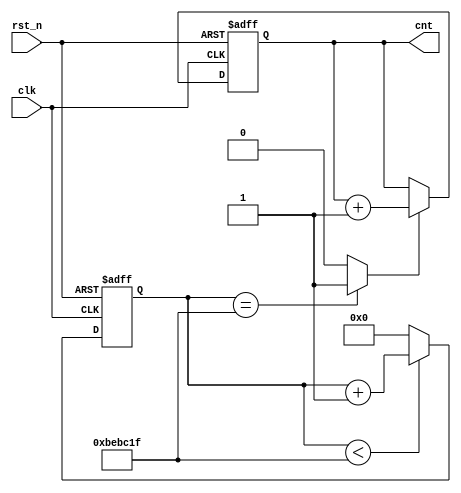
`timescale 1ns / 1ps
//////////////////////////////////////////////////////////////////////////////////
// Company: 
// Engineer: 
// 
// Design Name: 
// Module Name: Speed_Control
// Project Name: 
// Target Devices: 
// Tool Versions: 
// Description: 
// 
// Dependencies: 
// 
// Revision:
// Revision 0.01 - File Created
// Additional Comments:
// 
//////////////////////////////////////////////////////////////////////////////////

//,
//1s81/8,cnt1/8
module Speed_Control (
    input clk,
    input rst_n,
    output reg [6:0] cnt
);
  //divider1/8
  parameter T_125ms = 1250_0000;
  //parameter T_125ms = 10;
  reg [31:0] count;
  wire is_Reaching_125ms;  //1/8

  always @(posedge clk, negedge rst_n) begin
    if (~rst_n) count <= 32'd0;
    else if (count < T_125ms - 1'b1) count <= count + 1'b1;
    else count <= 32'd0;
  end

  assign is_Reaching_125ms = (count == T_125ms - 1'b1) ? 1'b1 : 1'b0;

  always @(posedge clk, negedge rst_n) begin
    if (~rst_n) cnt <= 7'd0;
    else if (is_Reaching_125ms == 1'b1) cnt <= cnt + 1'b1;
    else cnt <= cnt;
  end


endmodule